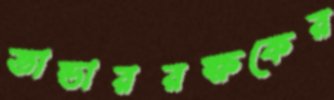
ভান্ডাররক্ষকের